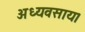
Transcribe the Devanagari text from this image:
अध्यवसाय।